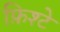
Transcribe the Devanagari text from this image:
फ़िश्टे